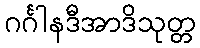
ဂင်္ဂါနဒီအာဒိသုတ္တ